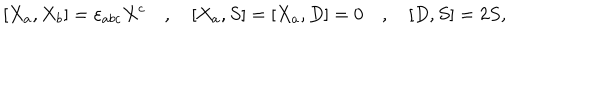
[ X _ { a } , X _ { b } ] = \varepsilon _ { a b c } X ^ { c } \quad , \quad { [ } X _ { a } , S { ] } = { [ } X _ { a } , D { ] } = 0 \quad , \quad { [ } D , S { ] } = 2 S ,